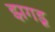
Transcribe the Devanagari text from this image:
झगडू